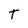
Character: T